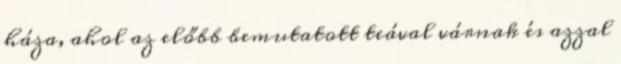
háza, ahol az előbb bemutatott teával várnak és azzal